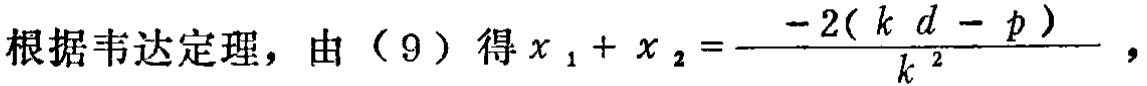
根据韦达定理，由（9）得\(x_{1}+x_{2}=\frac{-2(kd - p)}{k^{2}}\)，